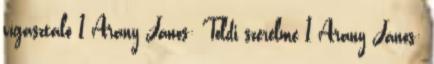
vígasztaló 1 Arany János: Toldi szerelme 1 Arany János: